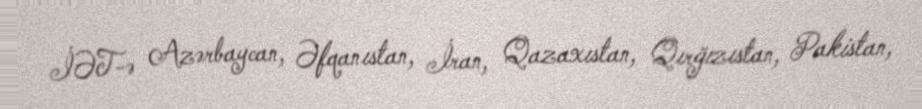
İƏT-ə Azərbaycan, Əfqanıstan, İran, Qazaxıstan, Qırğızıstan, Pakistan,